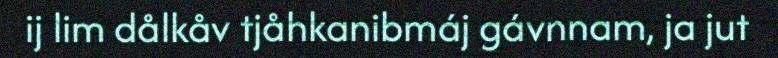
ij lim dålkåv tjåhkanibmáj gávnnam, ja jut